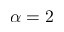
\alpha = 2